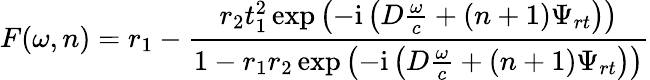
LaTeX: F(\omega,n)=r_{1}-\frac{r_{2}t_{1}^{2}\exp\left(-\mathrm{i}\left(D\frac{\omega}{c}+(n+1)\Psi_{rt}\right)\right)}{1-r_{1}r_{2}\exp\left(-\mathrm{i}\left(D\frac{\omega}{c}+(n+1)\Psi_{rt}\right)\right)}